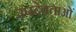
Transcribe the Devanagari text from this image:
उपदेवताओं